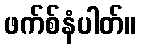
ဖက်စ်နံပါတ်။